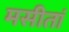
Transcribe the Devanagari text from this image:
मसीतां